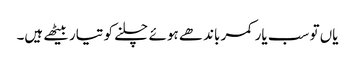
یاں تو سب یار کمر باندھے ہوئے چلنے کو تیار بیٹھے ہیں۔